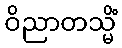
ဝိညာတသ္မိံ